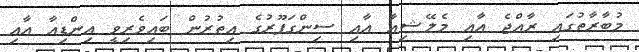
މުބާރާތުގައި ރާއްޖެ އާއި މެލޭޝިއާ އާއި ސިންގަޕޫރުގެ އިތުރުން ބައިވެރިވީ އިންޑިއާ އާއި